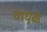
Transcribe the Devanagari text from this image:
वाघुळे